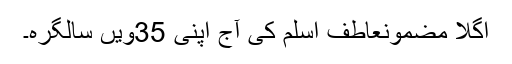
اگلا مضمونعاطف اسلم کی آج اپنی 35ویں سالگرہ۔